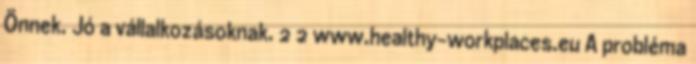
Önnek. Jó a vállalkozásoknak. 2 2 www.healthy-workplaces.eu A probléma